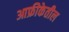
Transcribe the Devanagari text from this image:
आफ्रीकेतील